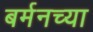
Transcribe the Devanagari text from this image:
बर्मनच्या